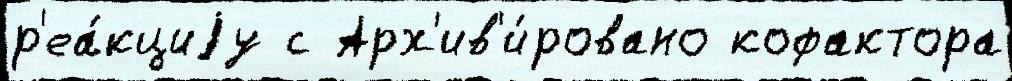
р'еа́кциjу с Арх'ив'и́ровано кофактора